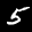
Label: 5